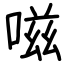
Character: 嗞